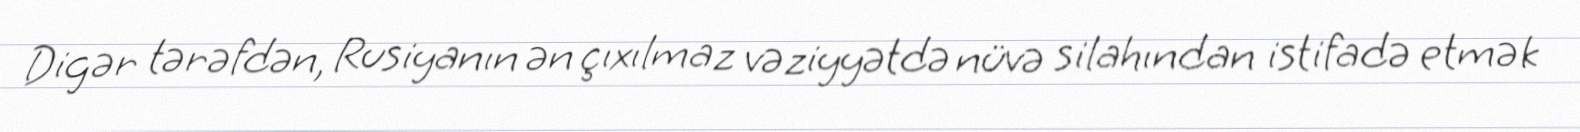
Digər tərəfdən, Rusiyanın ən çıxılmaz vəziyyətdə nüvə silahından istifadə etmək